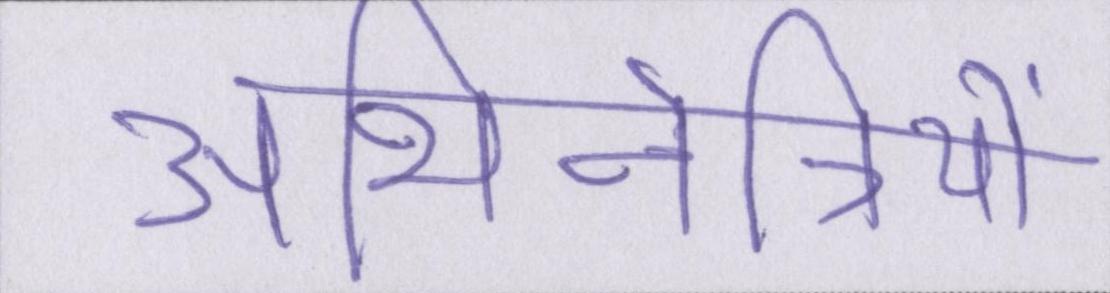
अभिनेत्रियों